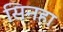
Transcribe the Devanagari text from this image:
सिनहा